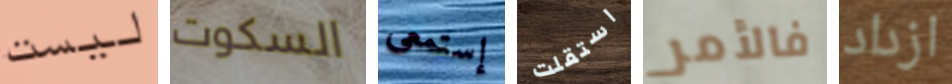
ليست السكوت إستمعى استقلت فالأمر ازداد